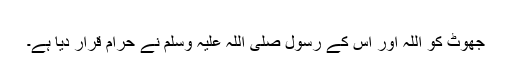
​
جھوٹ کو اللہ اور اس کے رسول صلی اللہ علیہ وسلم نے حرام قرار دیا ہے۔